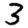
Digit: 3